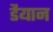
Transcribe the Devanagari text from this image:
डैयान